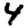
Digit: 4